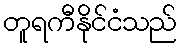
တူရကီနိုင်ငံသည်